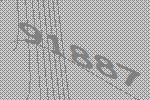
91887